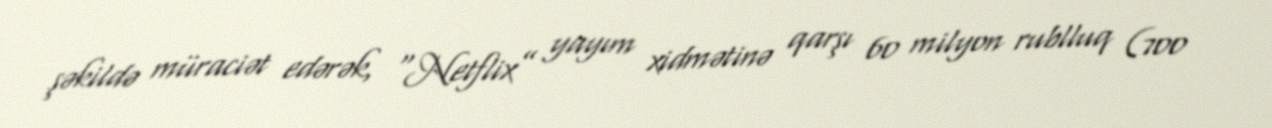
şəkildə müraciət edərək, “Netflix” yayım xidmətinə qarşı 60 milyon rublluq (700